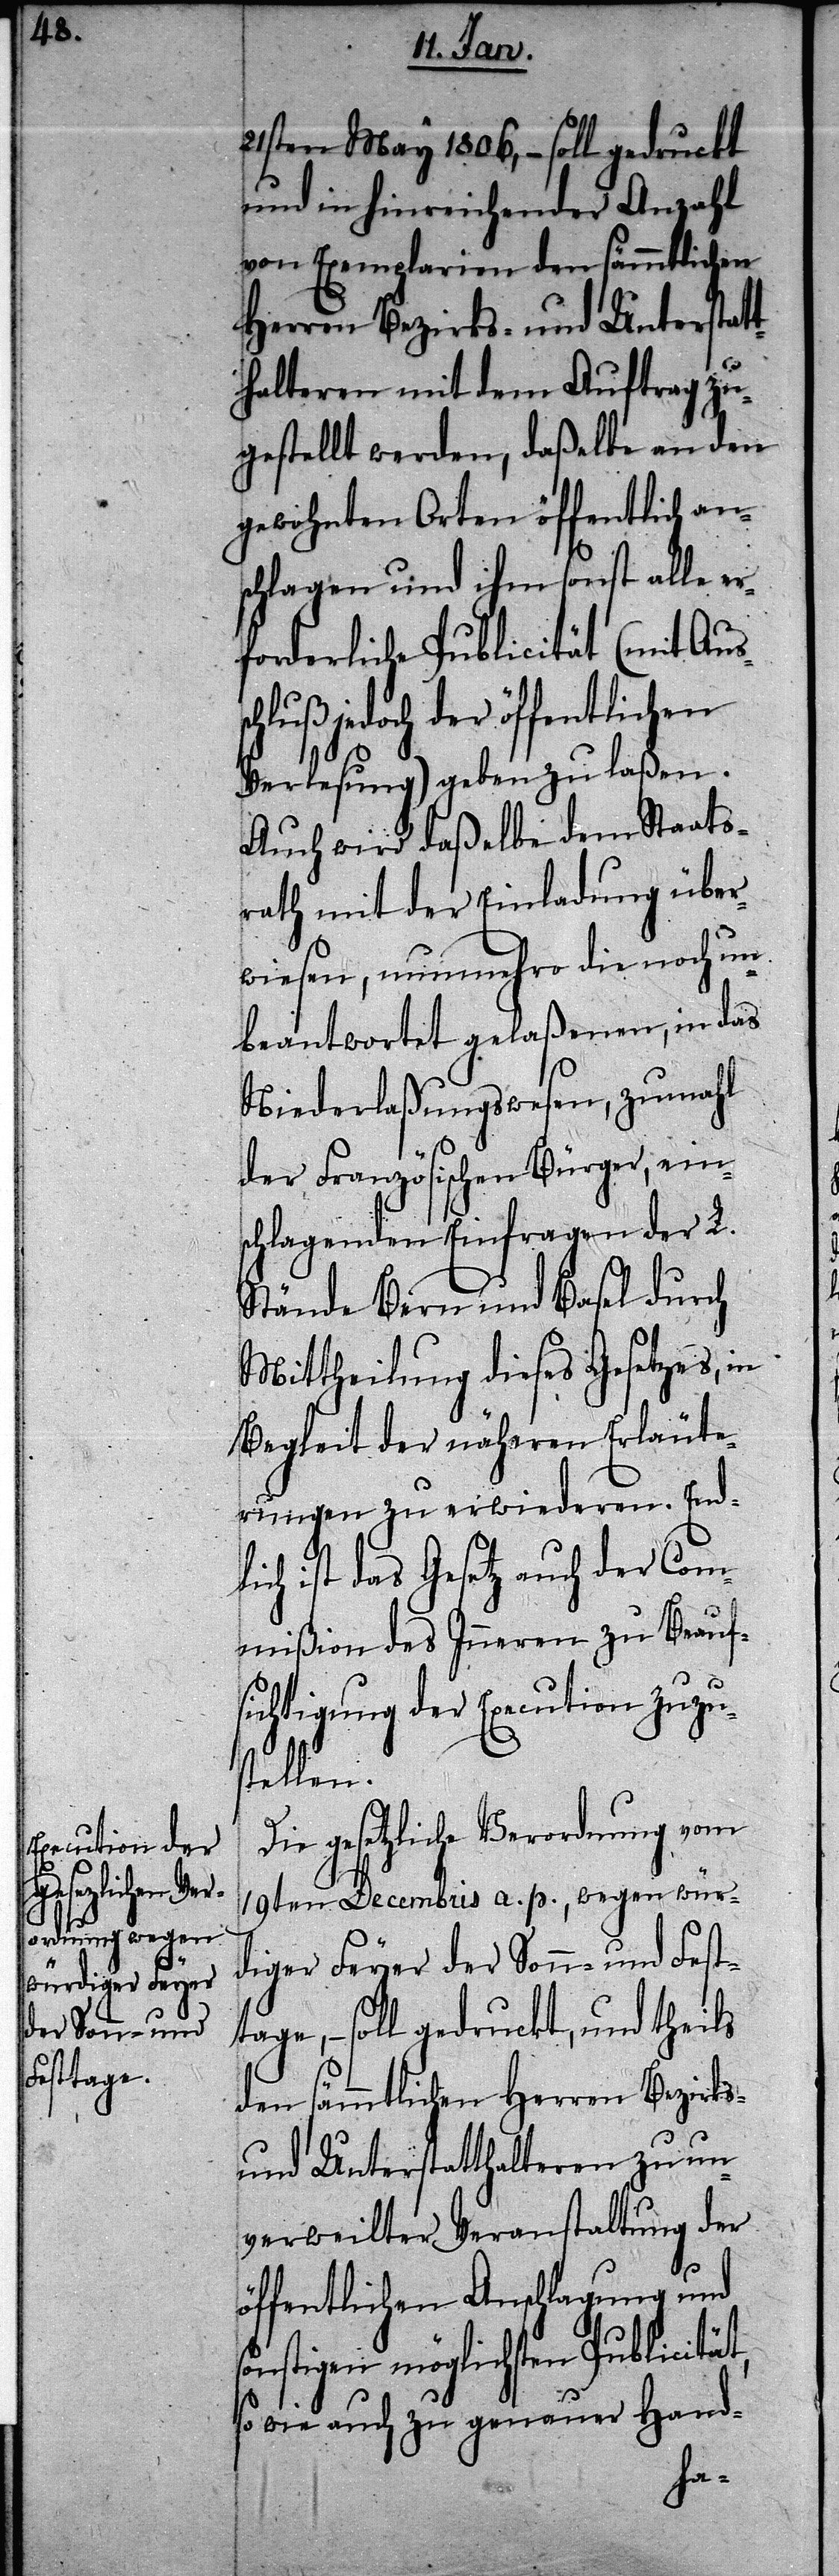
21sten May 1806, – soll gedruckt
und in hinreichender Anzahl
von Exemplarien den sämmtlichen
Herren Bezirks- und Unterstatt¬
halteren mit dem Auftrag zu¬
gestellt werden, daßelbe an den
gewohnten Orten öffentlich an¬
schlagen und ihm sonst alle er¬
forderliche Publicität (mit Aus¬
hluß jedoch der öffentlichen
Verlesung) geben zu laßen.
Auch wird daßelbe dem Staats¬
rath mit der Einladung über¬
wiesen, nunmehro die noch un¬
beantwortet gelaßenen, in das
Niederlaßungswesen, zumahl
der Französischen Bürger, ein¬
schlagenden Einfragen der L.
Stände Bern und Basel durch
Mittheilung dieses Gesetzes, in
Begleit der näheren Erläute¬
rungen zu erwiederen. Endl¬
ich ist das Gesetz auch der Com¬
mißion des Inneren zu Beauf¬
sichtigung der Execution zuzu¬
stellen.
Die gesetzliche Verordnung vom
19ten Decembris a. p., wegen wür¬
diger Feyer der Sonn- und Fest¬
tage, – soll gedruckt, und theils
den sämmtlichen Herren Bezirks-
und Unterstatthalteren zu un¬
verweilter Veranstaltung der
öffentlichen Anschlagung und
sonstigen möglichsten Publicität,
so wie auch zu genauer Hand-
sc¬